Calcutta medical institutions reports 1892-1900
Year: 1892
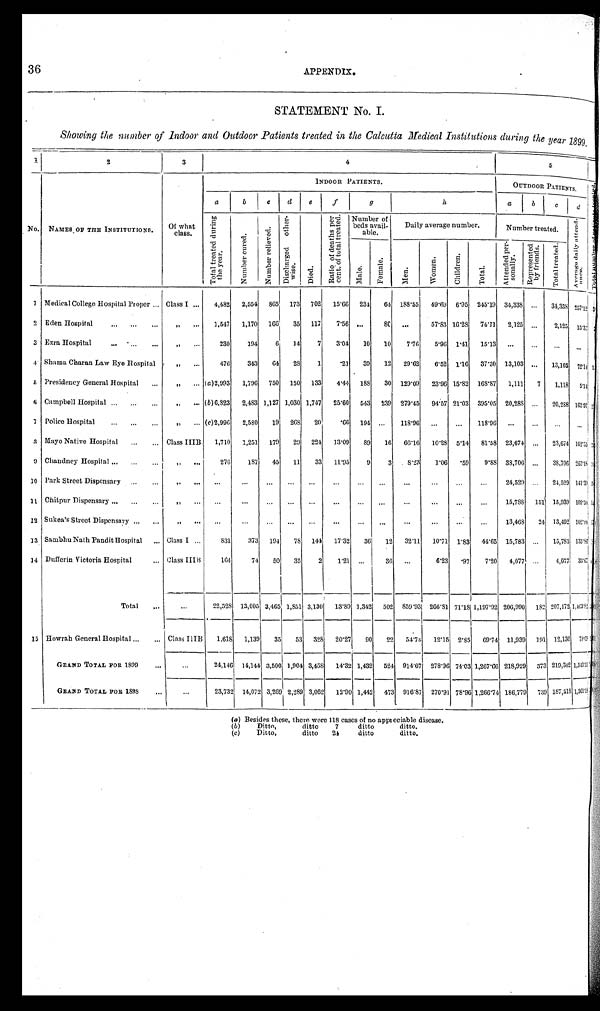
36
APPENDIX.
STATEMENT No. I.
Showing the number of Indoor and Outdoor Patients treated in the Calcutta Medical Institutions during the year 1899
1
2
3
4
5
<: i l l egi bl e>
No.
NAMES OF THE INSTITUTIONS.
O f w h a t c l a s s .
INDOOR PATIENTS.
O U T D O O R P A T I E N T S .
a b
c
d
e
f g
h
a b
c d
T o t a l t r e a t e d d u r i n g t h e y e a r .
Number cured.Number relieved.
D i s c h a r g e d o t h e r - w i s e .
D i e d .
R a t i o o f d e a t h s p e r c e n t . o f t o t a l t r e a t e d .
N u m b e r o f b e d s a v a i l - a b l e .
D a i l y a v e r a g e n u m b e r .
Number treated.
Aver age dai l y at t end- ance.T o t a l n u m b e r o f p a t i e n t s t r e a t e d .
M a l e .
Women.
C h i l d r e n .
T
Attended per-sonally.
Re
F e m a l e .
M e n .
Total.
Represent ed by fri ends.
T o t a l t r e a t e d .
1
M e d i c a l C o l l e g e H o s p i t a l P r o p e r . . .
C l a s s I . . .
4 , 4 8 22,554
865
1 7 3
7 0 2
15.66
2 3 464
188.55
49.69
6.95 245.19 34.338
. . .
3 4 , 3 3 8257.12<i l l egi bl e>
2
E d e n H o s p i t a l . . .
" . . .
1 , 5 4 71,170
166
3 5
1 1 77.56
. . .80
. . .
57.83
16.28 74.11
2,125
. . .
2 , 1 2 515.37 <i l l egi bl e>
3
E z r a H o s p i t a l . . .
" . . .
2 3 0194
6
1 4
7 3.04
1 0
10
7.76
5.96
1.41 15.13
. . .
. . .
. . .. . .
<i l l egi bl e>
4
S h a m a C h a r a n L a w E y e H o s p i t a l
" . . .
4 7 6343
64
2 8
1 .21
3 9
12
29.62
6.52
1.16 37.30
13,103 . . .
1 3 , 1 0 372.14 <i l l egi bl e>
5
P r e s i d e n c y G e n e r a l H o s p i t a l . . .
" . . .
( a ) 2 , 9 9 31,796
750
1 5 0
1 3 3
4.44
1 8 830
129.09
23.96
15.82 168.87
1,111
7
1,118
5 . 1 4<i l l egi bl e>
6
C a m p b e l l H o s p i t a l . . .
" . . .
( b ) 6 , 8 2 32,483
1,127
1 , 0 3 0
1 , 7 4 7
25.60
5 4 3239
279.45
94.57
21.03 395.05
20,288
. . .
20,288
1 6 2 . 9 7<i l l egi bl e>
7
P o l i c e H o s p i t a l . . .
" . . .
( c ) 2 , 9 9 62,580
19
2 6 8
2 0
.66
1 9 4. . .
118.96
. . .
. . .
118.96
. . .
. . .
. . .
. . .<i l l egi bl e>
8
M a y o N a t i v e H o s p i t a l . . .
C l a s s I I I B
1 , 7 1 01,251
179
2 9
2 2 413.09
8 9
16
66.16
10.28
5.14 81.58
23,674
. . .
23,674
1 6 2 . 5 5<i l l egi bl e>
9
C h a n d n e y H o s p i t a l . . .
" . . .
2 7 6187
45
1 1
3 3
11.95
9 3
8.23
1.06
.59
9.88
38,706
. . .
38,706
2 6 5 . 1 8<i l l egi bl e>
10
P a r k S t r e e t D i s p e n s a r y . . . " . . .
. . .
. . .
. . .
. . .
. . .. . .
. . .
. . .
. . .
. . .
. . .
. . .
24,529
. . .
24,529
1 4 1 . 3 9<i l l egi bl e>
11
C h i t p u r D i s p e n s a r y . . . " . . .
. . .
. . .
. . .
. . .
. . .. . .
. . .
. . .
. . .
. . .
. . .
. . .
15,788
151
15,939
1 0 9 . 5 0<i l l egi bl e>
12
S u k e a ' s S t r e e t D i s p e n s a r y . . . " . . .
. . .
. . .
. . .
. . .
. . .. . .
. . .
. . .
. . .
. . .
. . .
. . .
13,468
24
13,492
1 0 2 . 9 9
<i l l egi bl e>
13
S a m b h u N a t h P a n d i t H o s p i t a l . . .Class I . . .
831
373
194
78
1 4 417.32
36
12
32.11
10.71
1.83
4 4 . 6 515,783
. . .
15,783
1 3 5 . 8 0
<i l l egi bl e>
14
D u f f e r i n V i c t o r i a H o s p i t a l . . .Class IIIB
164
74
50
35
2
1.21
. . .
36
. . .
6.23
.97
7 . 2 04,077
. . .
4,077
3 3 . 6 7<i l l egi bl e>
Total . . .
. . .
22,528 13,005 3,465 1,851
3 , 1 3 013.89
1 , 3 4 2502
859.93
266.81
71.18
1 , 1 9 7 . 9 2
206,990 182
207,1721,463.82 < i l l e g i b l e >
15
Howrah General Hospital . . .
Class IIIB
1,618
1,139
35
53
3 2 8
20.27
90
22
54.74
12.15
2.85
69.74
11,939 191
12,130 79.69 < i l l e g b l e >
GRAND TOTAL FOR 1899 . . .
. . .
24.146
14,144
3,500 1,904
3 , 4 5 814.32
1,432 524
914.67
278.96
74.03 1,267.66 218,929 373
219,3021,543.51 < i l l e g i b l e >
GRAND TOTAL FOR 1898 . . .
. . .
23,732 14,072
3,269 2,289
3 , 0 6 2
12.90
1,442 473
916.87
270.91
78.96 1,266.74 186,779 739
187,5181,361.18
< i l l e g i b l e >
( a ) Besides these, there were 118 cases of no appreciable disease.
(b)
Ditto,
ditto
7
ditto
ditto.
( c)
Ditto,
ditto
24
ditto
ditto.